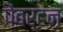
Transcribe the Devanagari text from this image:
पेंबर्टन